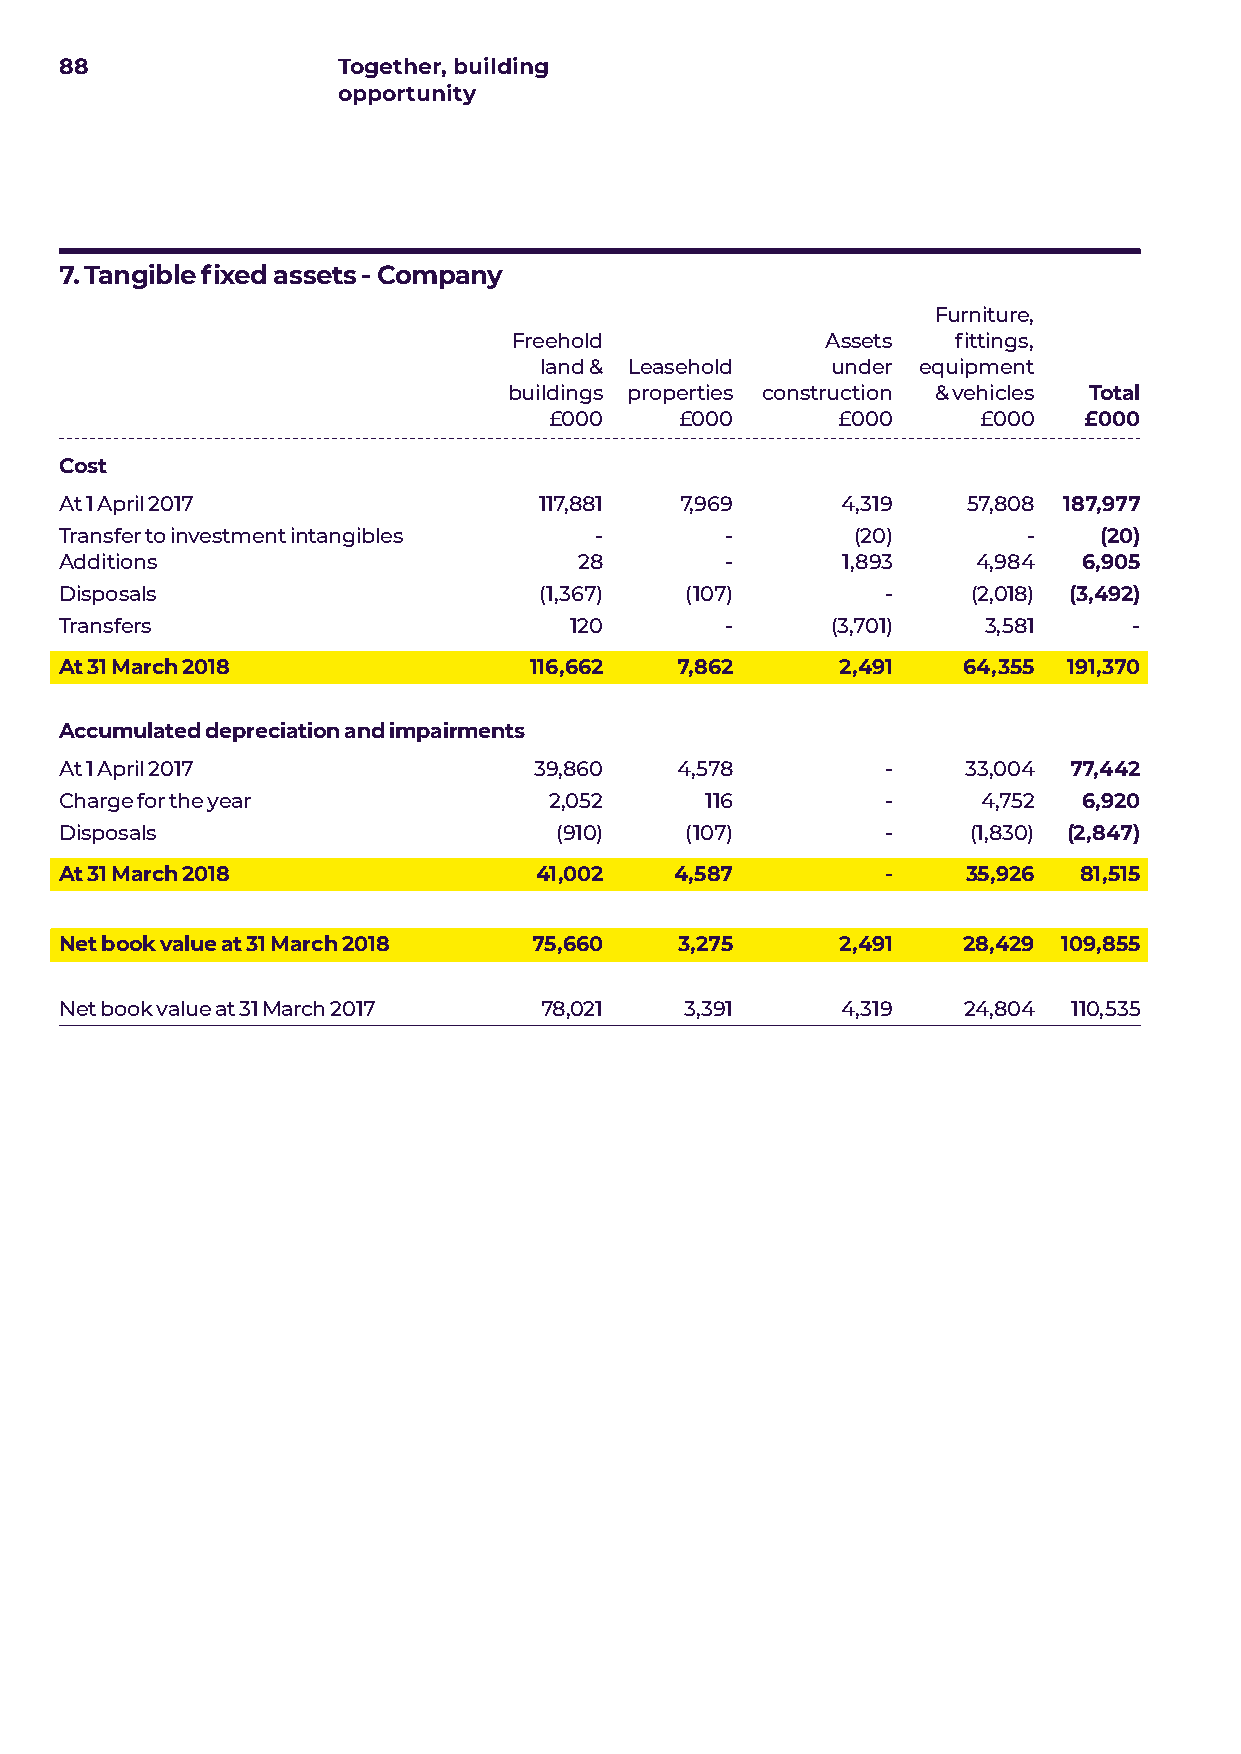
88                Together, building
 opportunity
 7. Tangible fixed assets - Company
 Furniture,
 Freehold             Assets  fittings,
 land & Leasehold   under equipment
 buildings properties construction & vehicles Total
 £000     £000      £000      £000   £000
 Cost
 At 1 April 2017                 117,881  7,969      4,319   57,808 187,977
 Transfer to investment intangibles -        -        (20)       -    (20)
 Additions                         28        -       1,893    4,984  6,905
 Disposals                       (1,367)  (107)         -    (2,018) (3,492)
 Transfers                         120       -      (3,701)   3,581     -
 At 31 March 2018               116,662   7,862      2,491   64,355 191,370
 Accumulated depreciation and impairments
 At 1 April 2017                39,860    4,578         -    33,004 77,442
 Charge for the year             2,052      116         -     4,752  6,920
 Disposals                        (910)   (107)         -    (1,830) (2,847)
 At 31 March 2018               41,002    4,587         -    35,926 81,515
 Net book value at 31 March 2018 75,660   3,275      2,491   28,429 109,855
 Net book value at 31 March 2017 78,021   3,391      4,319   24,804 110,535